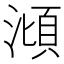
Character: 𣻳